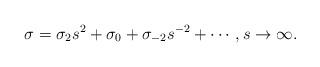
LaTeX: \begin{align*}\sigma= \sigma_2 s^2 +\sigma_0+\sigma_{-2}s^{-2}+\cdots,s\to\infty.\end{align*}